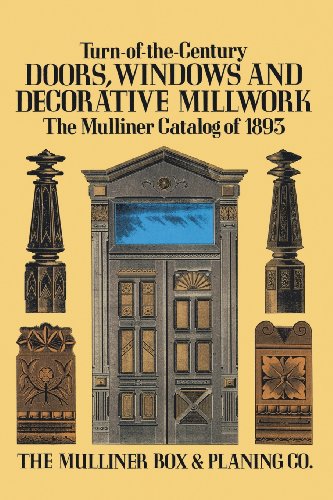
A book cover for Turn-of-the-Century Doors, Windows and Decorative Millwork: The Mulliner Catalog of 1893; The Mulliner Box & Planing Co.; Crafts, Hobbies & Home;